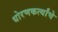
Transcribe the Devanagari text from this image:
धोरणकर्त्यांचे